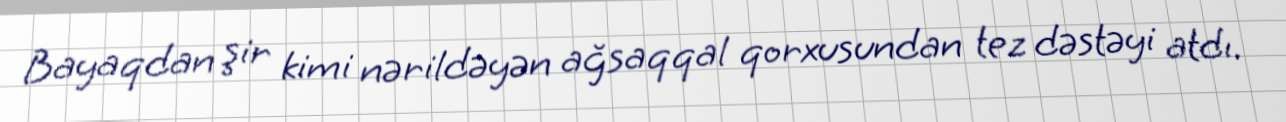
Bayaqdan şir kimi nərildəyən ağsaqqal qorxusundan tez dəstəyi atdı.